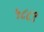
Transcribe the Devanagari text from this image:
५८८९